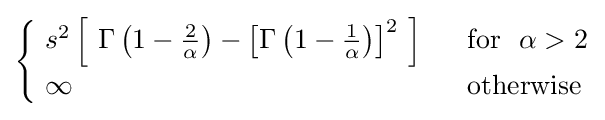
{\begin{cases}\ s^{2}\left[\ \Gamma \left(1-{\tfrac {2}{\alpha }}\right)-\left[\Gamma \left(1-{\tfrac {1}{\alpha }}\right)\right]^{2}\ \right]~~&{\text{for }}~\alpha >2\\\ \infty &{\text{otherwise}}\end{cases}}